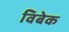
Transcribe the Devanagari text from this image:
विबेक